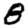
Digit: 8